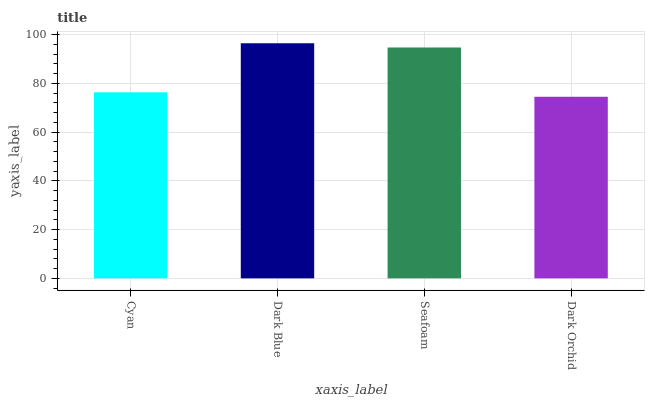
| xaxis_label | bars |
 | --- | --- |
 | Cyan | 76.3 |
 | Dark Blue | 96.5 |
 | Seafoam | 94.7 |
 | Dark Orchid | 74.5 |